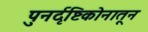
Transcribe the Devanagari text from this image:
पुनर्दृष्टिकोनातून